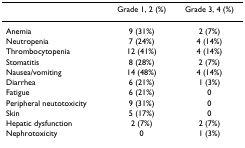
<table><thead><tr><td></td><td><b>Grade 1, 2 (%)</b></td><td><b>Grade 3, 4 (%)</b></td></tr></thead><tbody><tr><td>Anemia</td><td>9 (31%)</td><td>2 (7%)</td></tr><tr><td>Neutropenia</td><td>7 (24%)</td><td>4 (14%)</td></tr><tr><td>Thrombocytopenia</td><td>12 (41%)</td><td>4 (14%)</td></tr><tr><td>Stomatitis</td><td>8 (28%)</td><td>2 (7%)</td></tr><tr><td>Nausea/vomiting</td><td>14 (48%)</td><td>4 (14%)</td></tr><tr><td>Diarrhea</td><td>6 (21%)</td><td>1 (3%)</td></tr><tr><td>Fatigue</td><td>6 (21%)</td><td>0</td></tr><tr><td>Peripheral neutotoxicity</td><td>9 (31%)</td><td>0</td></tr><tr><td>Skin</td><td>5 (17%)</td><td>0</td></tr><tr><td>Hepatic dysfunction</td><td>2 (7%)</td><td>2 (7%)</td></tr><tr><td>Nephrotoxicity</td><td>0</td><td>1 (3%)</td></tr></tbody></table>